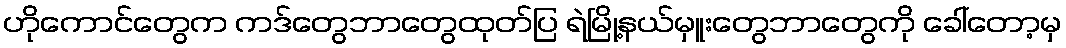
ဟိုကောင်တွေက ကဒ်တွေဘာတွေထုတ်ပြ ရဲမြို့နယ်မှူးတွေဘာတွေကို ခေါ်တော့မှ